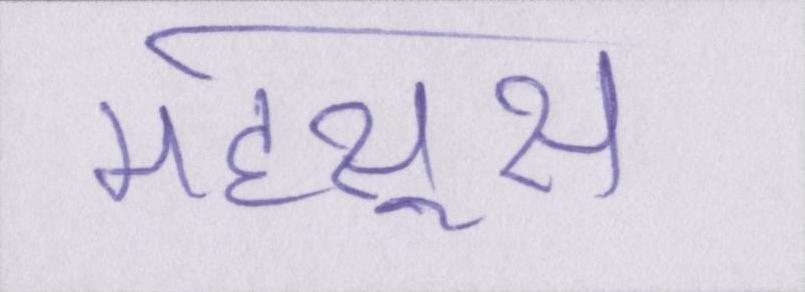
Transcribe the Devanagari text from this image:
महसूस